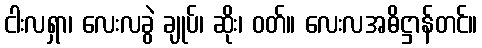
ငါးလရှာ၊ လေးလခွဲ ချုပ်၊ ဆိုး၊ ဝတ်။ လေးလအဓိဋ္ဌာန်တင်။